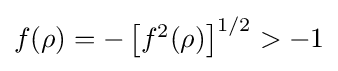
\textstyle f(\rho )=-\left[f^{2}(\rho )\right]^{1/2}>-1